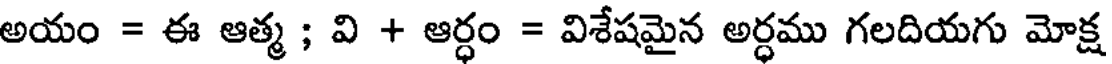
అయం = ఈ ఆత్మ ; వి + ఆర్ధం = విశేషమైన అర్ధము గలదియగు మోక్ష